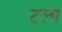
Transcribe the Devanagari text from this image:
टल्प